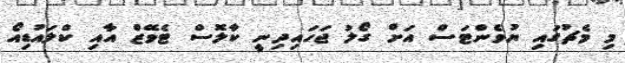
މި މެޗުގައި ޔުވެންޓަސް އަށް ގޯލު ޖަހައިދިނީ ކާލޮސް ޓެވޭޒް އާއި ކްލައުޑިއޯ